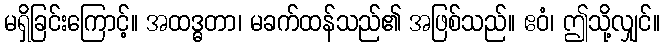
မရှိခြင်းကြောင့်။ အထဒ္ဓတာ၊ မခက်ထန်သည်၏ အဖြစ်သည်။ ဧဝံ၊ ဤသို့လျှင်။